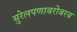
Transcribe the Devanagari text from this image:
सुरेलपणाबरोबरच